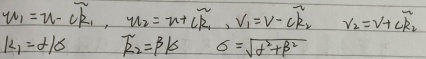
\(w_1 = w - c\widetilde{k}_1\)，\(w_2 = w + c\widetilde{k}_1\)，\(v_1 = v - c\widetilde{k}_2\)，\(v_2 = v + c\widetilde{k}_2\)，\(k_1 = d/\sigma\) ，\(\widetilde{k}_2=\beta k_1\) ，\(\sigma = \sqrt{d^{2}+\beta^{2}}\)